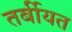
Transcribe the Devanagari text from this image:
तर्बीयत